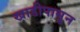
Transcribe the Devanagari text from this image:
खाडीपासून